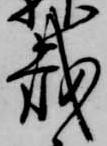
載